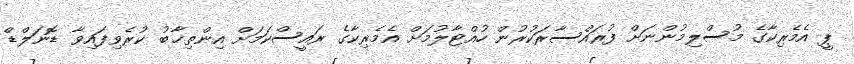
ޕީ އެމެރިކާގެ މުސްލިމުންނަށް ފުރައްސާރަކުރުން ހުއްޓާލުމަށް އެމެރިކާގެ ރައީސްކަމަށް އިންތިޚާބު ކުރެވިފައިވާ ޑޮނަލްޑް